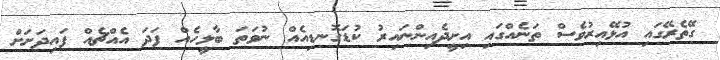
ގޭތެރޭގައި އުޅޭއިރުވެސް ތަނެއްގައި އިށީދެއިންނައިރު ކުޑަގޮނޑިއެއް ނުވަތަ ބާލީހެއް ފަދަ އެއްޗެއް ފައިދަށަށް